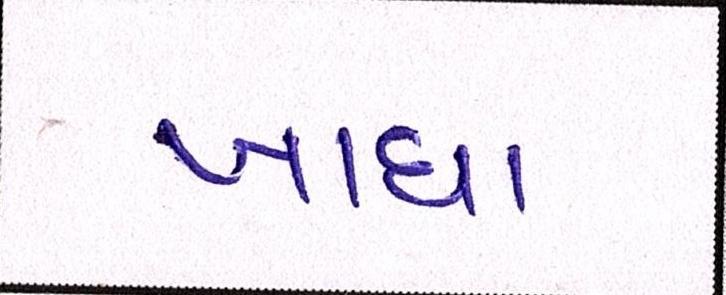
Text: ખાધા